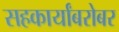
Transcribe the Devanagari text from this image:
सहकार्यांबरोबर